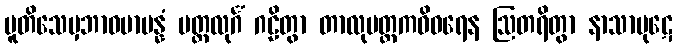
ပူတိသေမှဘာဝမာပန္နံ မတ္ထလုင်္ဂံ ဂဠိတွာ တာလုမတ္ထကဝိဝရေန ဩတရိတွာ နာသာပုဋေ